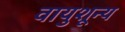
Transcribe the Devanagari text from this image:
वायुशून्य